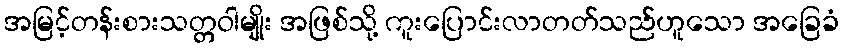
အမြင့်တန်းစားသတ္တဝါမျိုး အဖြစ်သို့ ကူးပြောင်းလာတတ်သည်ဟူသော အခြေခံ